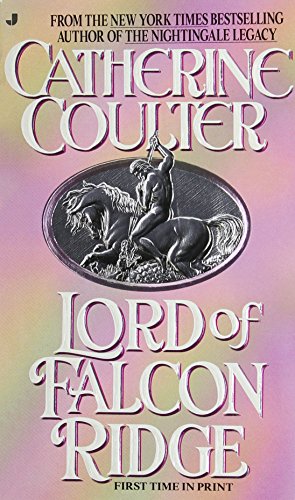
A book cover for Lord of Falcon Ridge; Catherine Coulter; Romance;